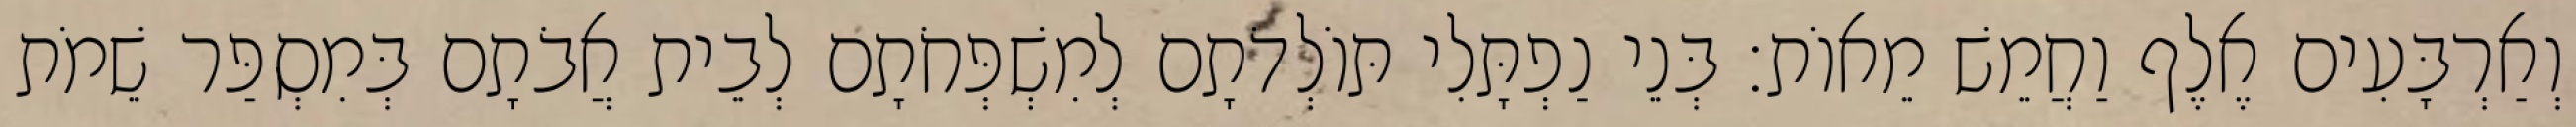
וְאַרְבָּעִים אֶלֶף וַחֲמֵשׁ מֵאוֹת׃ בְּנֵי נַפְתָּלִי תּוֹלְדֹתָם לְמִשְׁפְּחֹתָם לְבֵית אֲבֹתָם בְּמִסְפַּר שֵׁמֹת